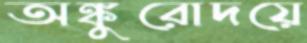
অঙ্কুরোদয়ে